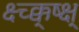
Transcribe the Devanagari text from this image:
क्ष्च्क्क्ष्क्ष्